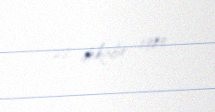
28 dekabr 1985